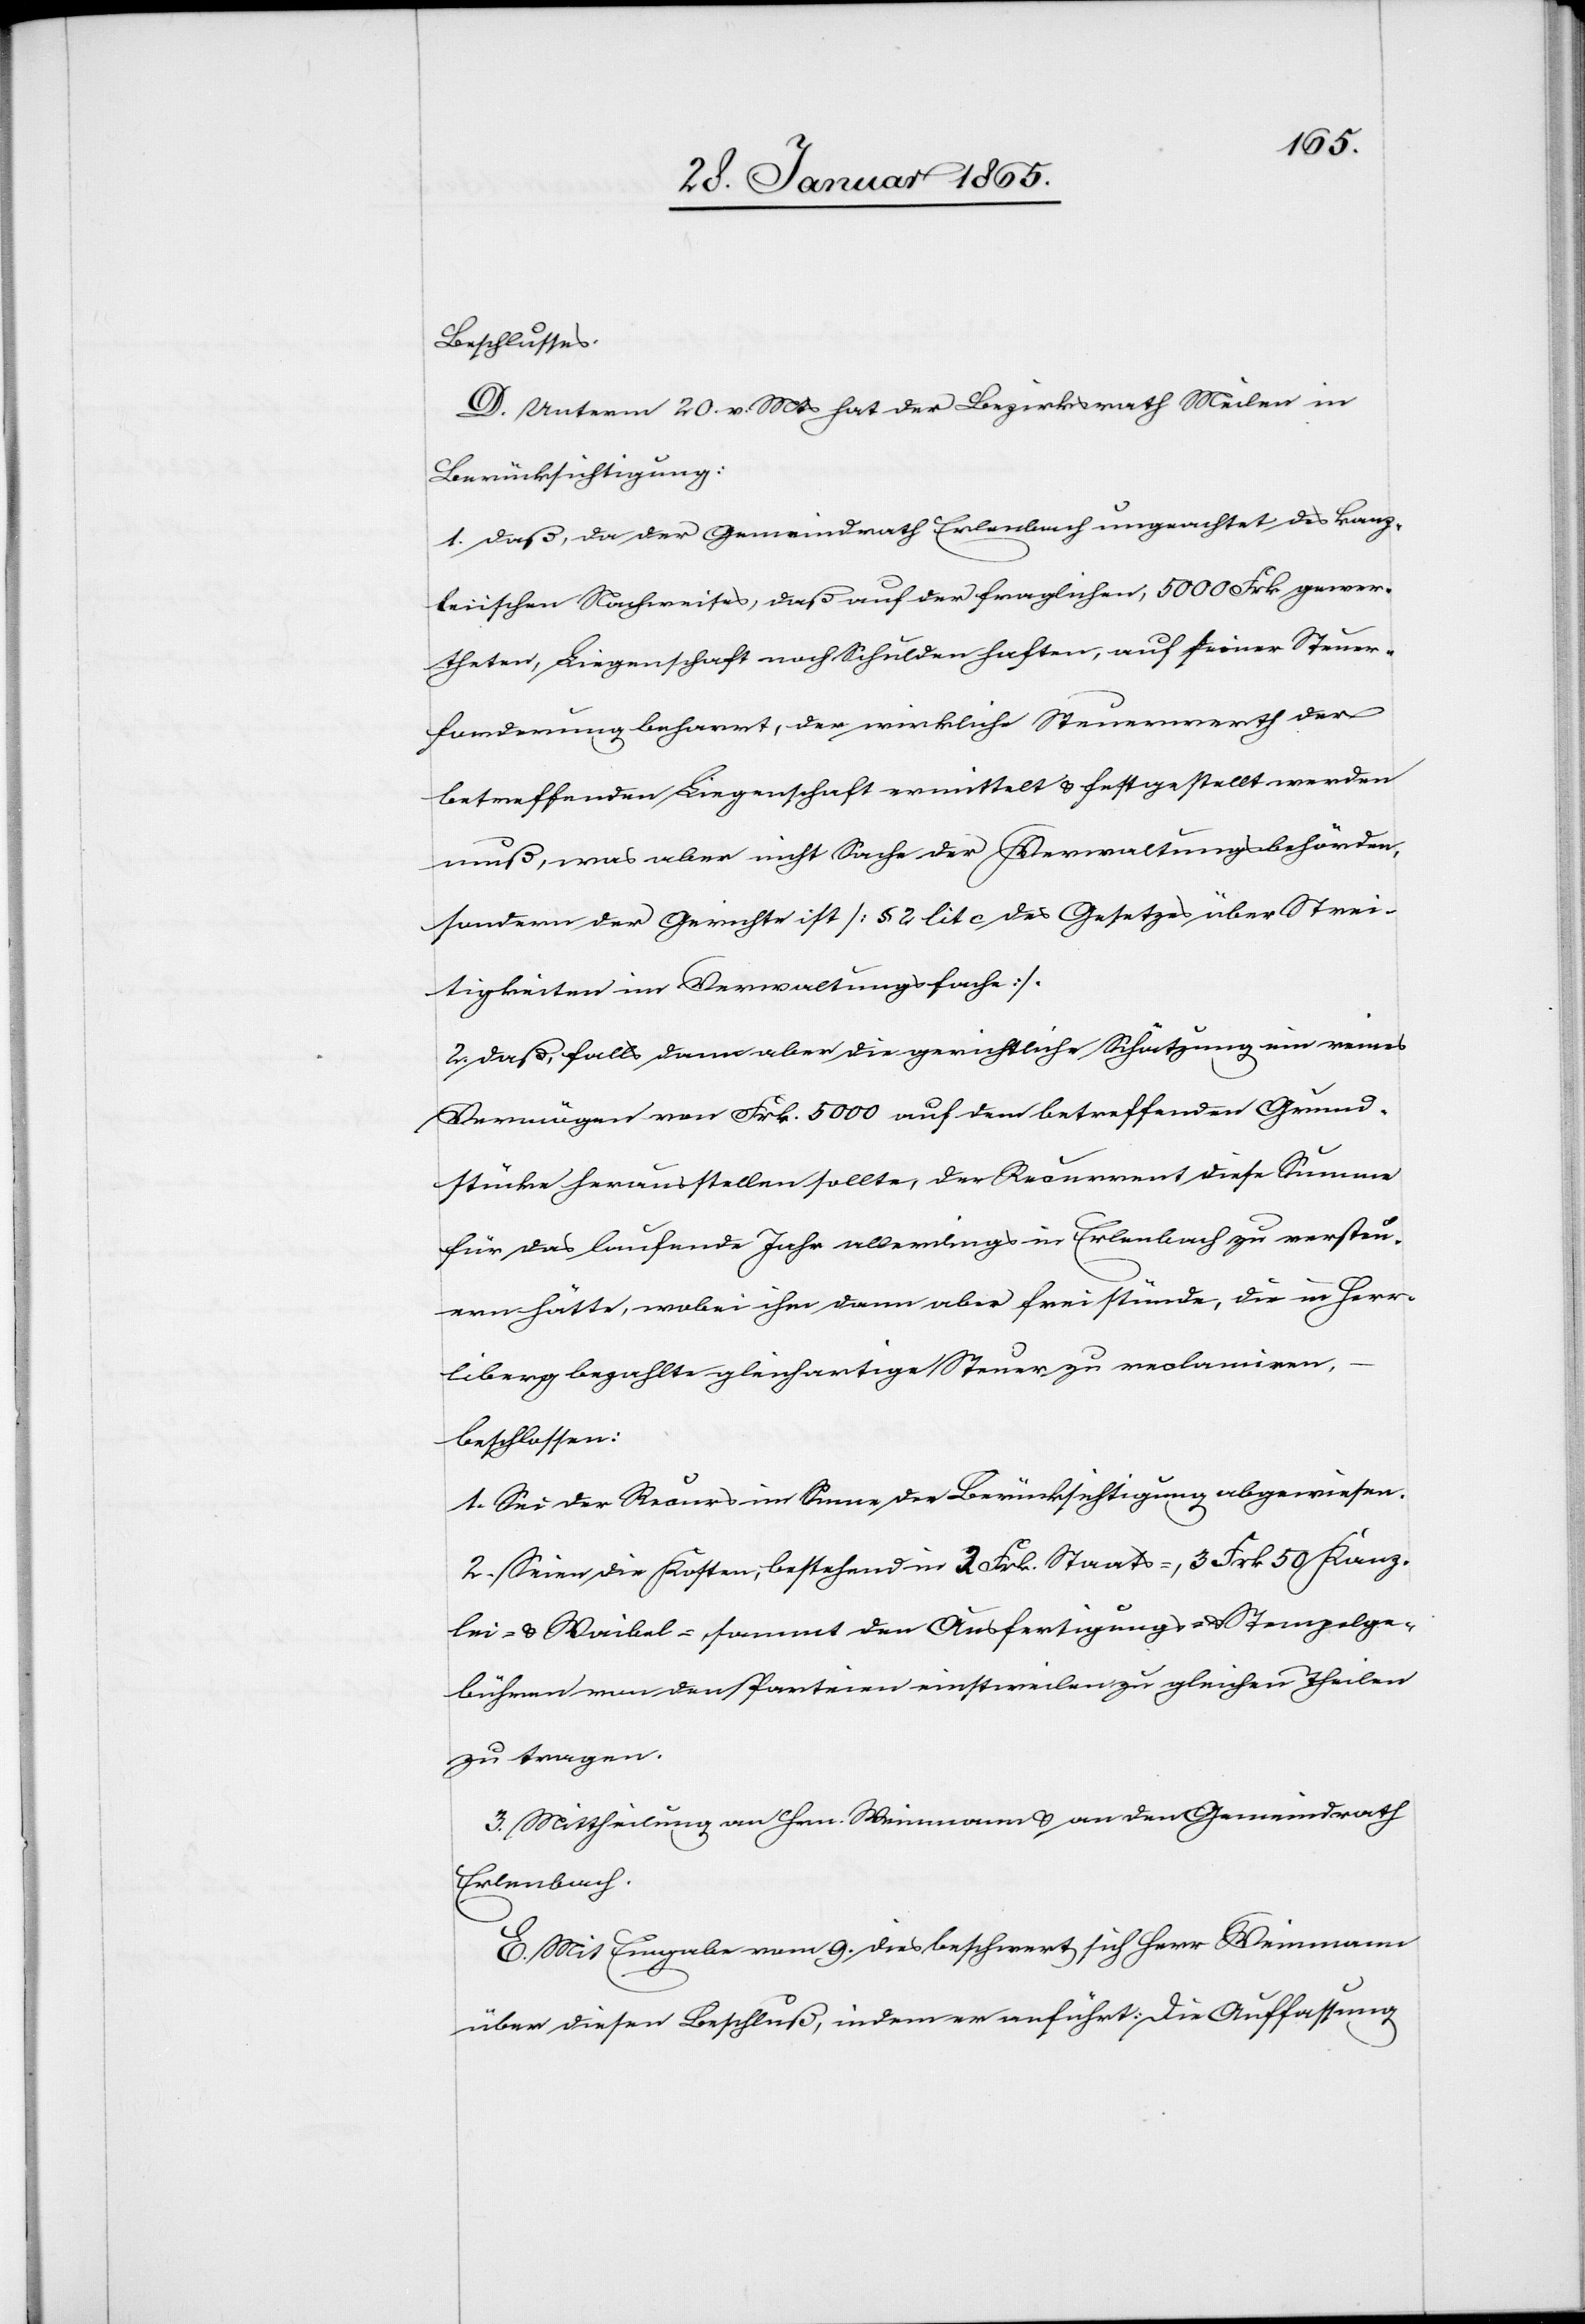
Beschlusses.
D. Unterm 20 v. Mts hat der Bezirksrath Meilen in
Berücksichtigung:
1. daß, da der Gemeindrath Erlenbach ungeachtet des kanz¬
leiischen Nachweises, daß auf der fraglichen, 5000 Frk gewer¬
theten, Liegenschaft noch Schulden haften, auf seiner Steuer¬
forderung beharrt, der wirkliche Steuerwerth der
betreffenden Liegenschaft ermittelt u. festgestellt werden
muß, was aber nicht Sache der Verwaltungsbehörden,
sondern der Gerichte ist [§ 2 lit c des Gesetzes über Strei¬
tigkeiten im Verwaltungsfache].
2. Daß, falls dann aber die gerichtliche Schätzung ein reines
Vermögen von Frk. 5000 auf dem betreffenden Grund¬
stücke herausstellen sollte, der Recurrent diese Summe
für das laufende Jahr allerdings in Erlenbach zu versteu¬
ern hätte, wobei ihm dann aber freistünde, die in Herr¬
liberg bezahlte gleichartige Steuer zu reclamiren,
beschlossen:
1. Sei der Recurs im Sinne der Berücksichtigung abgewiesen.
2. Seien die Kosten, bestehend in 3 Frk. Staats-, 3 Frk 50 Kanz¬
lei- u. Waibel-, sammt den Ausfertigungs- u. Stempelge¬
bühren von den Parteien einstweilen zu gleichen Theilen
zu tragen.
3. Mittheilung an Hrn. Weinmann u. an den Gemeindrath
Erlenbach.
E. Mit Eingabe vom 9. dies beschwert sich Herr Weinmann
über diesen Beschluß, indem er anführt: Die Auffassung